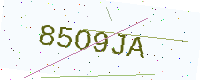
Text: 85O9JA